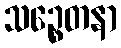
သဉ္စေတနာ